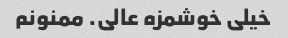
خیلی خوشمزه عالی. ممنونم